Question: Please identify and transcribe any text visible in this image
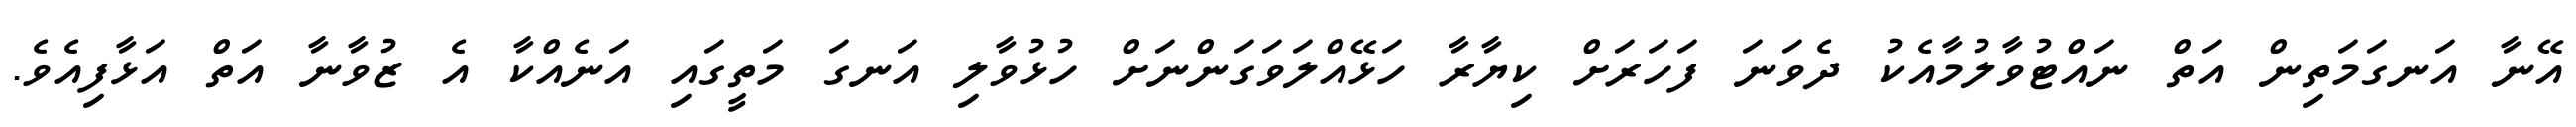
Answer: އޭނާ އަނގަމަތިން އަތް ނައްޓުވާލުމާއެކު ދެވަނަ ފަހަރަށް ކިޔާރާ ހަޅޭއްލަވަގަންނަށް ހުޅުވާލި އަނގަ މަތީގައި އަނެއްކާ އެ ޒުވާނާ އަތް އަޅާފިއެވެ.